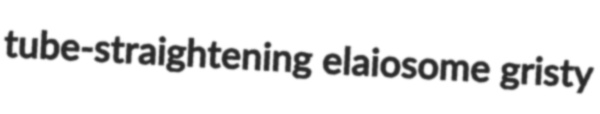
tube-straightening elaiosome gristy